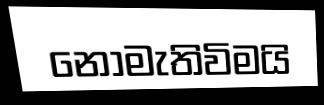
නොමැතිවිමයි